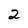
Character: 2